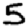
Digit: 5